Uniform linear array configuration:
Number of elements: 48
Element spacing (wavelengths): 0.25
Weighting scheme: kaiser
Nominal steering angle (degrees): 45
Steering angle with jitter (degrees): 46.916
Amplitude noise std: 0.05
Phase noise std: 0.05

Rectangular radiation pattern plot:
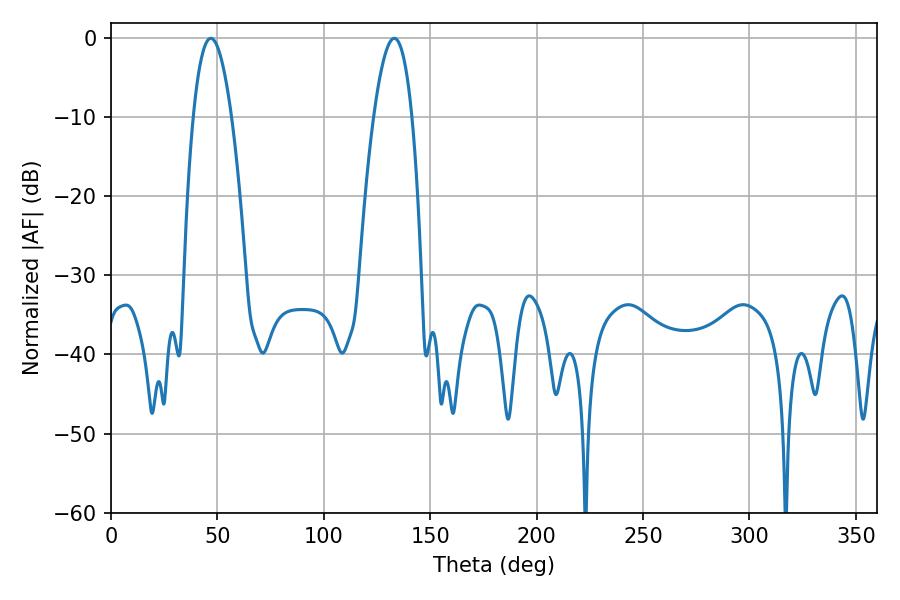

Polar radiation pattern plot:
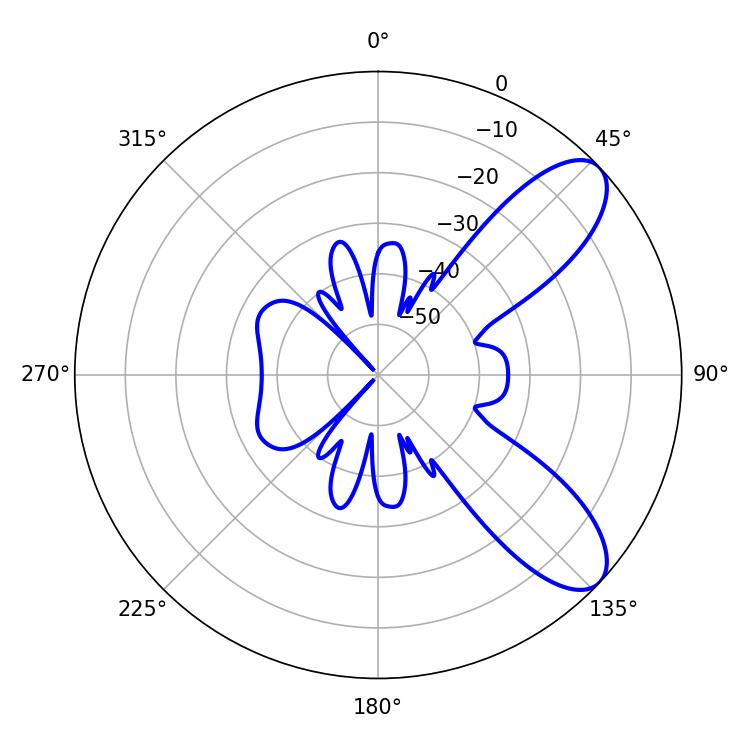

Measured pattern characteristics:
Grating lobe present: FALSE
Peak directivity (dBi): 8.663
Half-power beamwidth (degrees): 9.9
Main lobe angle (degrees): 46.98